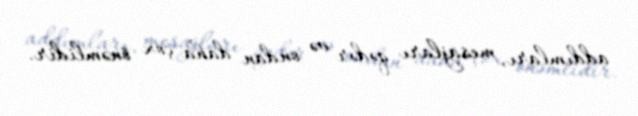
addımları, mesajları qədər və ondan daha çox önəmlidir.